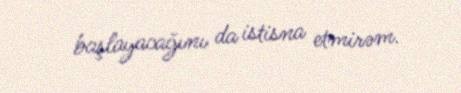
başlayacağını da istisna etmirəm.